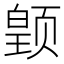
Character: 𱂳